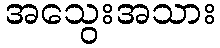
အသွေးအသား